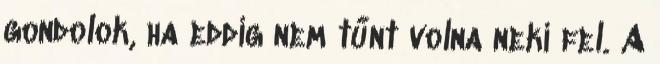
gondolok, ha eddig nem tűnt volna neki fel. A